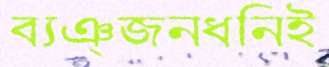
ব্যঞ্জনধ্বনিই